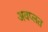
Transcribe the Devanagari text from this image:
अवप्लत